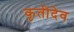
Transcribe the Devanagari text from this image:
कृतीदेव